Report on sanitation, dispensaries, and jails in Rajputana for 1912, and on vaccination for the year 1912-1913 - 1912-1913
Year: 1912
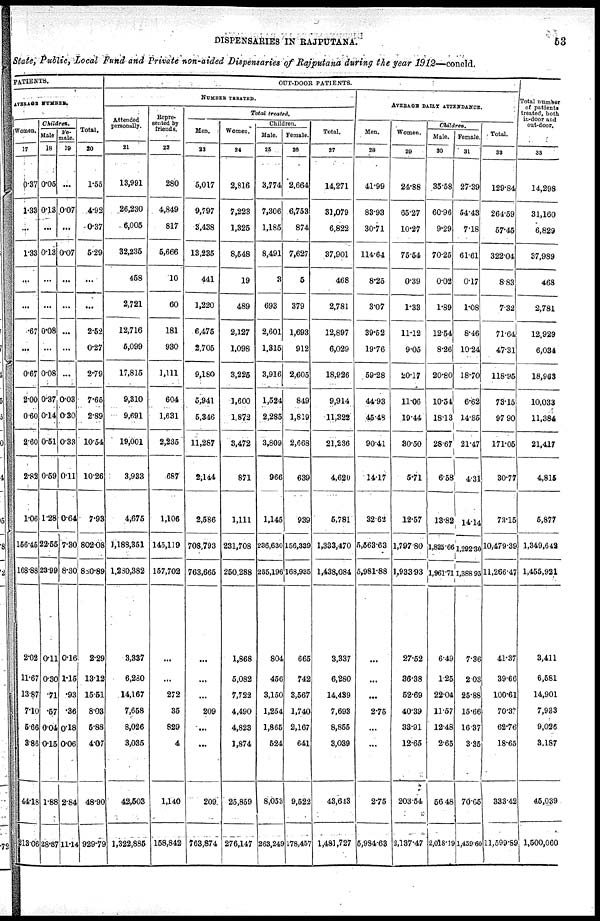
DISPENSARIES IN RAJPUTANA.
53
State, Public, Local Fund and Private non-aided Dispensaries of Rajputana during the year 1912—concld.
PATIENTS.
AVERAGE NUMBER.
Women.
17
0.37
1.33
...
1.33
...
...
.67
...
0.67
2.00
0.60
2.60
2.82
1.06
156.45
168.88
2.02
11.67
13.87
7.10
5.66
3.86
44.18
1213.06
Children.
Male
18
0.05
0.13
...
0.13
...
...
0.08
...
0.08
0.37
0.14
0.51
0.59
1.28
22.55
23.99
0.11
0.30
.71
.57
0.04
0.15
1.88
28.87
Fe-
male.
19
...
0.07
...
0.07
...
...
...
...
...
0.03
0.30
0.33
0.11
0.64
7.30
8.30
0.16
1.15
.93
.36
0.18
0.06
2.84
11.14
Total.
20
1.55
4.92
0.37
5.29
...
...
2.52
0.27
2.79
7.65
2.89
10.54
10.26
7.93
802.08
880.89
2.29
13.12
15.51
8.03
5.88
4.07
48.90
929.79
OUT-DOOR PATIENTS.
NUMBER TREATED.
Attended
personally.
21
13,991
26,230
6,005
32,235
458
2,721
12,716
5,099
17,815
9,310
9,691
19,001
3,933
4,675
1,188,351
1,280,382
3,337
6,280
14,167
7,658
8,026
3,035
42,503
1,322,885
Repre-
sented by
friends.
22
280
4,849
817
5,666
10
60
181
930
1,111
604
1,631
2,235
687
1,106
145,119
157,702
...
...
272
35
829
4
1,140
158,842
Total treated.
Men.
23
5,017
9,797
3,438
13,235
441
1,220
6,475
2,705
9,180
5,941
5,346
11,287
2,144
2,586
708,793
763,665
...
...
...
209
...
...
209
763,874
Women.
24
2,816
7,223
1,325
8,548
19
489
2,127
1,098
3,225
1,600
1,872
3,472
871
1,111
231,708
250,288
1,868
5,082
7,722
4,490
4,823
1,874
25,859
276,147
Children.
Male.
25
3,774
7,306
1,185
8,491
3
693
2,601
1,315
3,916
1,524
2,285
3,809
966
1,145
236,630
255,196
804
456
3,150
1,254
1,865
524
8,053
263,249
Female.
26
2,664
6,753
874
7,627
5
379
1,693
912
2,605
849
1,819
2,668
639
939
156,339
168,935
665
742
3,567
1,740
2,167
641
9,522
178,457
Total.
27
14,271
31,079
6,822
37,901
468
2,781
12,897
6,029
18,926
9,914
11,322
21,236
4,620
5,781
1,333,470
1,438,084
3,337
6,280
14,439
7,693
8,855
3,039
43,643
1,481,727
AVERAGE DAILY ATTENDANCE.
Men.
28
41.99
83.93
30.71
114.64
8.25
3.07
39.52
19.76
59.28
44.93
45.48
90.41
14.17
32.62
5,563.63
5,981.88
...
...
...
2.75
...
...
2.75
5,984.63
Women.
29
24.88
65.27
10.27
75.54
0.39
1.33
11.12
9.05
20.17
11.06
19.44
30.50
5.71
12.57
1,797.80
1,933.93
27.52
36.38
52.69
40.39
33.91
12.65
203.54
2,137.47
Children.
Male.
30
35.58
60.96
9.29
70.25
0.02
1.89
12.54
8.26
20.80
10.54
18.13
28.67
6.58
13.82
1,825.66
1,961.71
6.49
1.25
22.04
11.57
12.48
2.65
56.48
2,018.19
Female.
31
27.39
54.43
7.18
61.61
0.17
1.08
8.46
10.24
18.70
6.62
14.85
21.47
4.31
14.14
1,292.30
1,388 95
7.36
2.03
25.88
15.66
16.37
3.35
70.65
1,459.60
Total.
32
129.84
264.59
57.45
322.04
8.83
7.32
71.64
47.31
118.95
73.15
97.90
171.05
30.77
73.15
10,479.39
11,266.47
41.37
39.66
100.61
70.37
62.76
18.65
333.42
11,599.89
Total number
of patients
treated, both
in-door and
out-door.
33
14,298
31,160
6,829
37,989
468
2,781
12,929
6,034
18,963
10,033
11,384
21,417
4,815
5,877
1,349,642
1,455,921
3,411
6,581
14,901
7,933
9,026
3,187
45,039
1,500,060